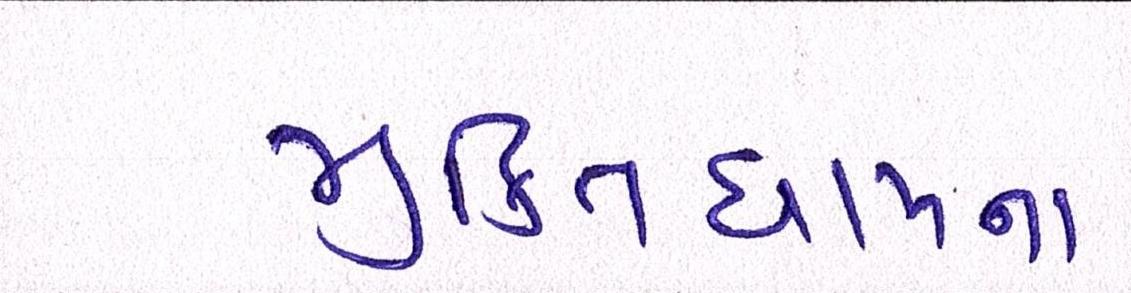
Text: મુકિતધામના